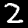
Digit: 2